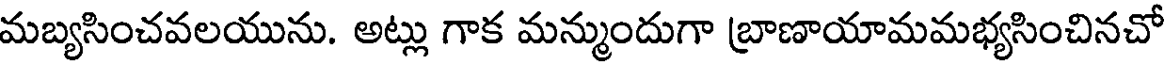
మబ్యసించవలయును. అట్లు గాక మన్ముందుగా బ్రాణాయామమభ్యసించినచో